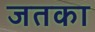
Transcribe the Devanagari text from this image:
जतका